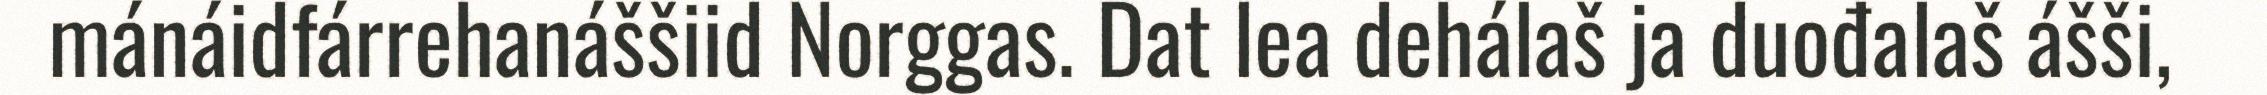
mánáidfárrehanáššiid Norggas. Dat lea dehálaš ja duođalaš ášši,